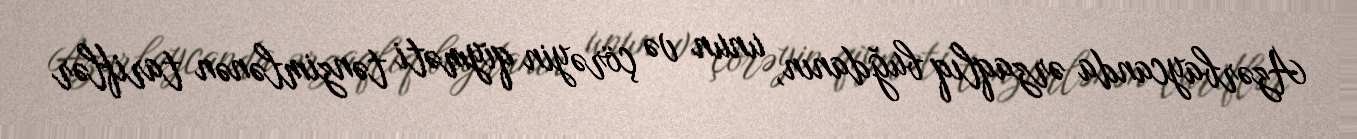
Azərbaycanda ərzaqlıq buğdanın, unun və çörəyin qiyməti tənzimlənən tariflər